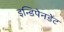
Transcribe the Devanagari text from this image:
इन्डिपेनडेंट